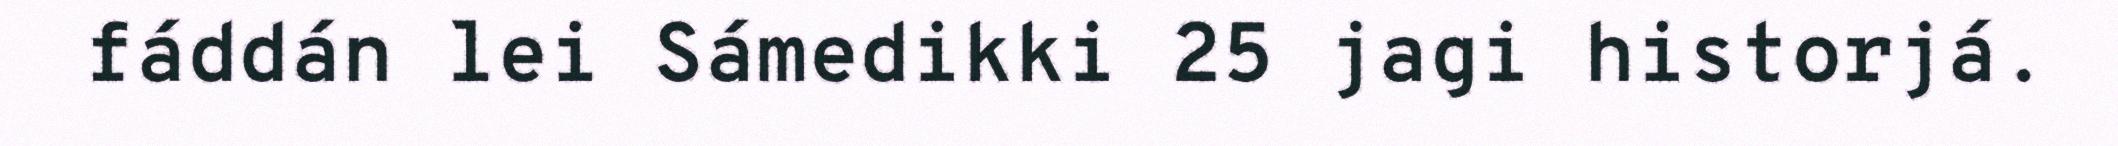
fáddán lei Sámedikki 25 jagi historjá.